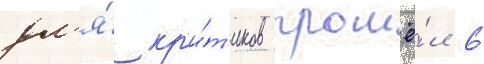
дл'я́ кр'и́т'иков прошё́л 6